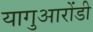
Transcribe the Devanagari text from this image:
यागुआरोंडी